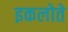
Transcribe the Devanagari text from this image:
इकलोते